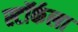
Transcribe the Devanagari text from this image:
स्टॉर्कला